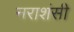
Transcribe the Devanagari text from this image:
नराशंसी